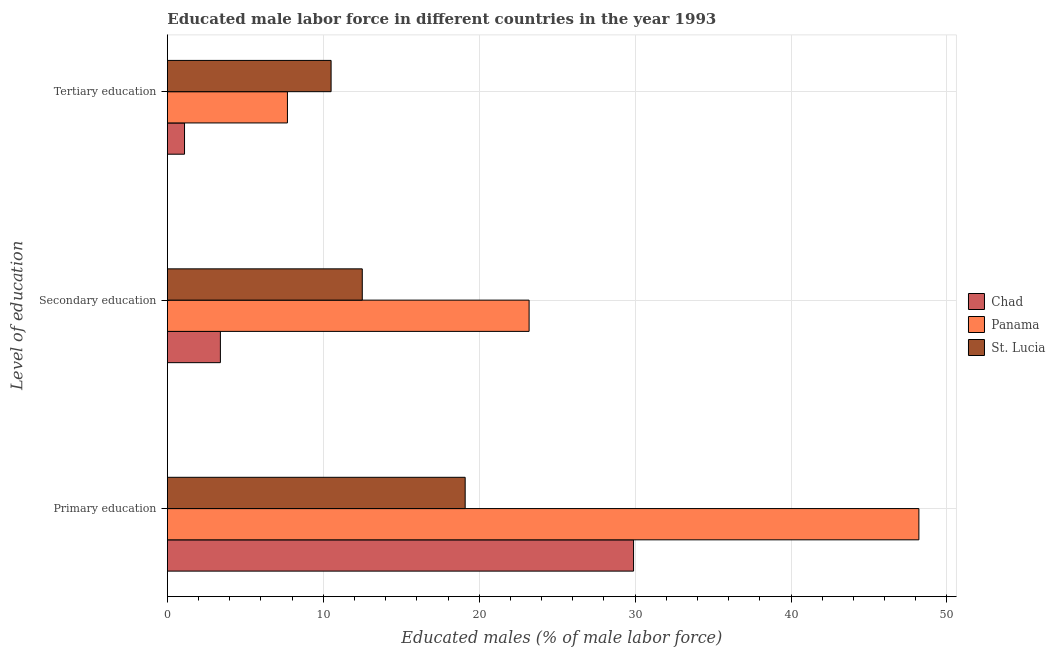
| Level of education | Chad | Panama | St. Lucia |
 | --- | --- | --- | --- |
 | Primary education | 29.9 | 48.2 | 19.1 |
 | Secondary education | 3.4 | 23.2 | 12.5 |
 | Tertiary education | 1.1 | 7.7 | 10.5 |